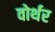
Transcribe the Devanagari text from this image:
वोर्थर